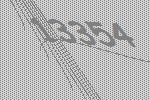
13354